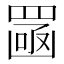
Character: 𦋣